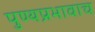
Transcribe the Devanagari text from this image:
पुण्यप्रभावाच